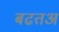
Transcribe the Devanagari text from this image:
बढतअ